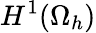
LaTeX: H^{1}(\Omega_{h})